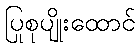
ပြုစုပျိုးထောင်